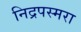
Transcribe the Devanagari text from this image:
निद्रपस्मरा